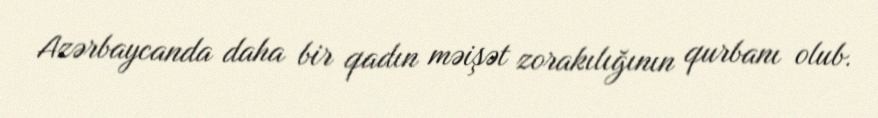
Azərbaycanda daha bir qadın məişət zorakılığının qurbanı olub.